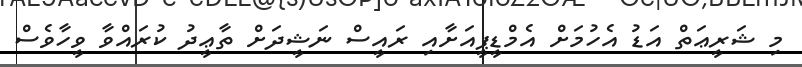
މި ޝަރީޢަތް އަޑު އެހުމަށް އެމްޑީޕީއަށާއި ރައީސް ނަޝީދަށް ތާޢީދު ކުރައްވާ ވީހާވެސް